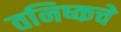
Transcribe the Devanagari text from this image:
तनिष्कचे